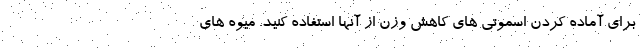
برای آماده کردن اسموتی های کاهش وزن از آنها استفاده کنید. میوه های